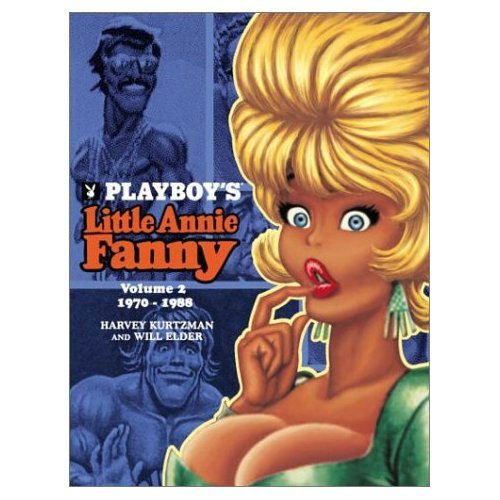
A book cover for Little Annie Fanny, Volume 2: 1970-1988; Harvey Kurtzman; Comics & Graphic Novels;